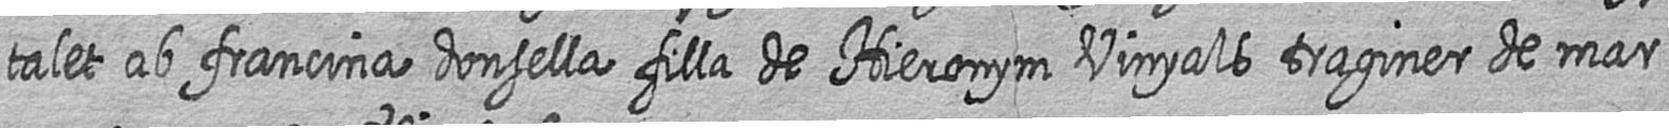
talet ab francina donsella filla de Hieronym Vinyals traginer de mar